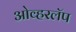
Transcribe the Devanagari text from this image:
ओव्हरलॅप